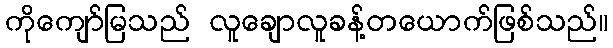
ကိုကျော်မြသည် လူချောလူခန့်တယောက်ဖြစ်သည်။